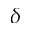
\delta